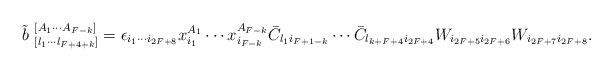
\begin{align*}\tilde{b}^{~[A_1 \cdots A_{F-k}]}_{~[l_1 \cdots l_{F+4+k}]}=\epsilon_{i_1 \cdots i_{2F+8}}x_{i_1}^{A_1}\cdots x_{i_{F-k}}^{A_{F-k}}\bar{C}_{l_1i_{F+1-k}}\cdots \bar{C}_{l_{k+F+4}i_{2F+4}}W_{i_{2F+5}i_{2F+6}}W_{i_{2F+7}i_{2F+8}}.\end{align*}